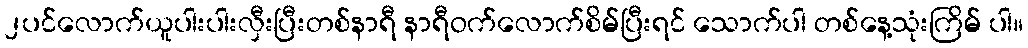
၂ပင်လောက်ယူပါးပါးလှီးပြီးတစ်နာရီ နာရီဝက်လောက်စိမ်ပြီးရင် သောက်ပါ တစ်နေ့သုံးကြိမ် ပါ။